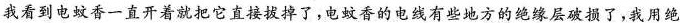
我看到电蚊香一直开着就把它直接拔掉了，电蚊香的电线有些地方的绝缘层破损了，我用绝